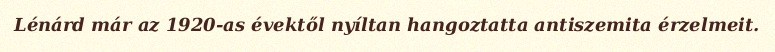
Lénárd már az 1920-as évektől nyíltan hangoztatta antiszemita érzelmeit.